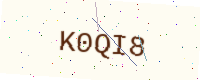
Text: K0QI8